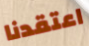
اعتقدنا